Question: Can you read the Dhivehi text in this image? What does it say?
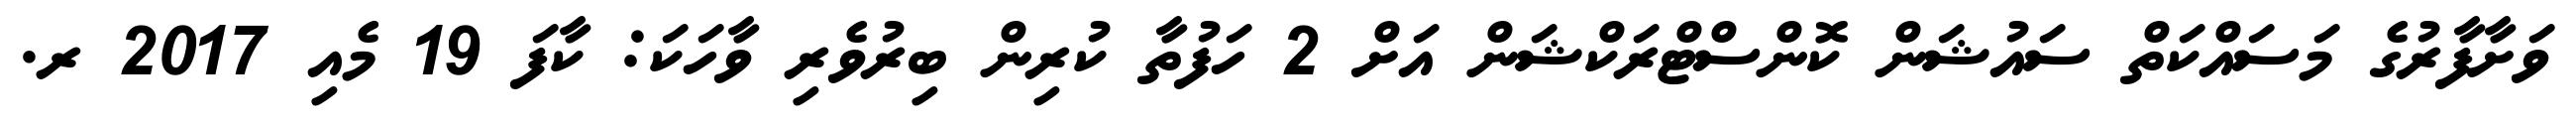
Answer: ވަށާފާރުގެ މަސައްކަތް ސައުޝަން ކޮންސްޓްރަކްޝަން އަށް 2 ހަފުތާ ކުރިން ބިރުވެރި ވާހަކަ: ކާފަ 19 މެއި 2017 ރ.